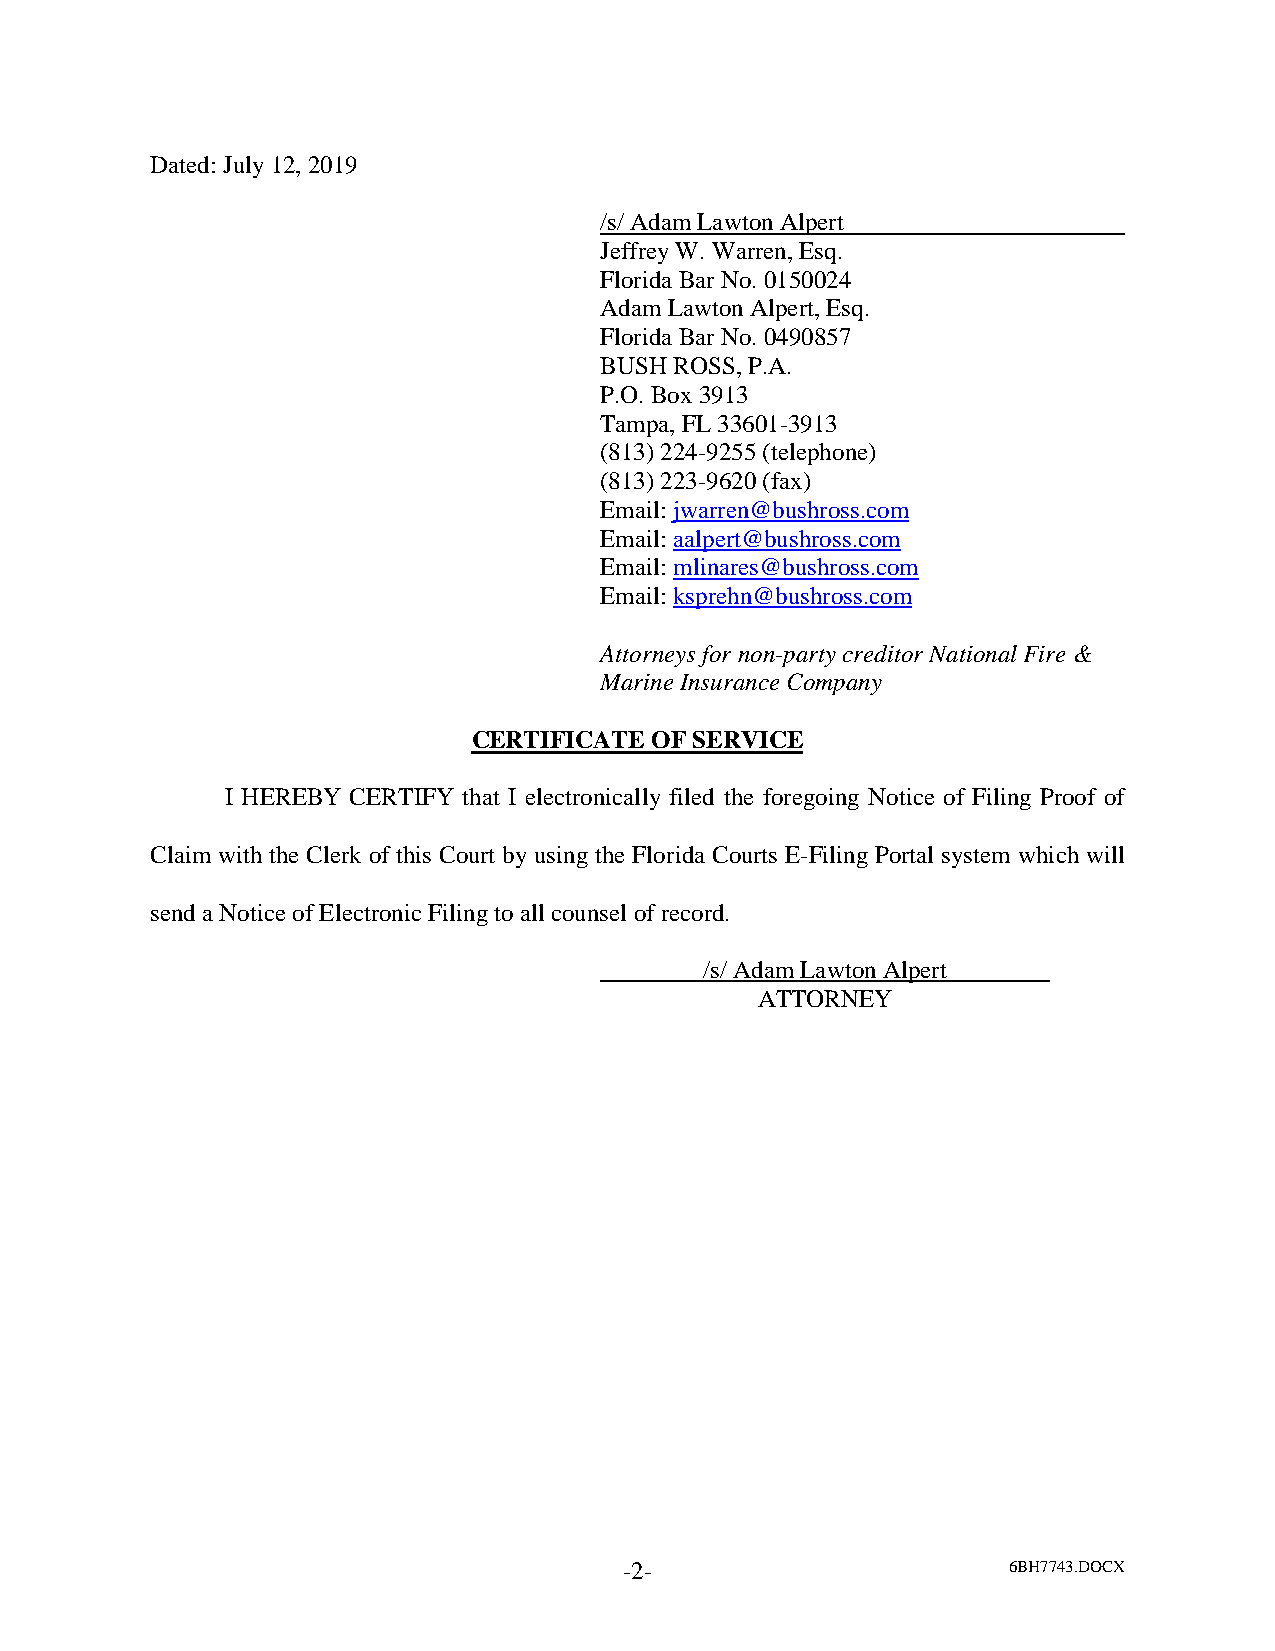
Dated: July 12, 2019
 /s/ Adam Lawton Alpert
 Jeffrey W. Warren, Esq.
 Florida Bar No. 0150024
 Adam Lawton Alpert, Esq.
 Florida Bar No. 0490857
 BUSH ROSS, P.A.
 P.O. Box 3913
 Tampa, FL 33601-3913
 (813) 224-9255 (telephone)
 (813) 223-9620 (fax)
 Email: jwarren@bushross.com
 Email: aalpert@bushross.com
 Email: mlinares@bushross.com
 Email: ksprehn@bushross.com
 Attorneys for non-party creditor National Fire &
 Marine Insurance Company
 CERTIFICATE OF SERVICE
 I HEREBY CERTIFY that I electronically filed the foregoing Notice of Filing Proof of
 Claim with the Clerk of this Court by using the Florida Courts E-Filing Portal system which will
 send a Notice of Electronic Filing to all counsel of record.
 /s/ Adam Lawton Alpert
 ATTORNEY
 -2-                       6BH7743.DOCX